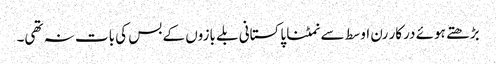
بڑھتے ہوئے درکار رن اوسط سے نمٹنا پاکستانی بلے بازوں کے بس کی بات نہ تھی۔